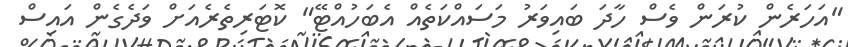
"އަހަރެން ކުރަން ވެސް ހާދަ ބައިވަރު މަސައްކަތެއް އެބަހުއްޓޭ" ކޮޓަރިތެރެއަށް ވަދެގެން އައިސް